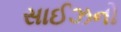
સાઈઝનો